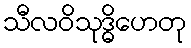
သီလဝိသုဒ္ဓိဟေတု